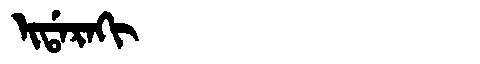
Manchu: ᡳᡩᠠᡵᠠᡴᡳ
Romanization: IDARAKI